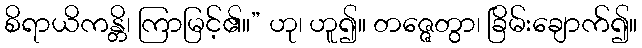
စိရာယိကန္တိ၊ ကြာမြင့်၏။” ဟု၊ ဟူ၍။ တဇ္ဇေတွာ၊ ခြိမ်းချောက်၍။